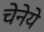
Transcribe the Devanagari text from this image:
चेनेये